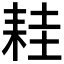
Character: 𦓯